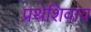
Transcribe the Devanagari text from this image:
प्रथेशिवाय